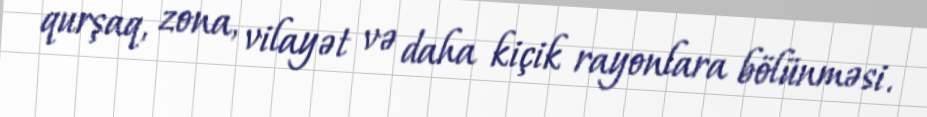
qurşaq, zona, vilayət və daha kiçik rayonlara bölünməsi.